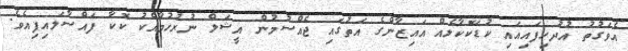
އެވަގުތު އުދުހިފައިއައި ކުޑަކޮކާލެއް އައިޒާންގެ އަތުގައި ޖެއްސުމުން އީޝަލް ނުރުހުމާއެކު ކޮކާ ފައްސާލައިފިއެވެ.